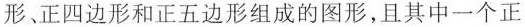
形、正四边形和正五边形组成的图形，且其中一个正